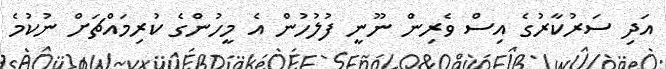
އަދި ސަރުކާރުގެ އިސް ވެރިން ނޫނީ ފުލުހުން އެ މީހުންގެ ކުރިމައްޗަށް ނުކުމެ